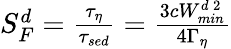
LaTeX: \begin{array}{r}{S_{F}^{d}=\frac{\tau_{\eta}}{\tau_{sed}}=\frac{3cW_{min}^{d\, 2}}{4\Gamma_{\eta}}}\end{array}